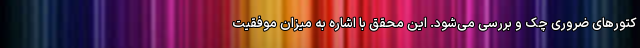
کتورهای ضروری چک و بررسی می‌شود. این محقق با اشاره به میزان موفقیت